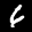
Label: 6